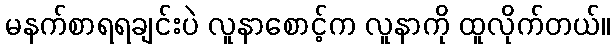
မနက်စာရရချင်းပဲ လူနာစောင့်က လူနာကို ထူလိုက်တယ်။